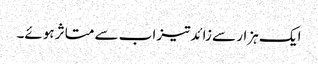
ایک ہزار سے زائدتیزاب سے متاثر ہوئے۔